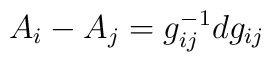
A_{i}-A_{j}=g_{ij}^{-1}dg_{ij}